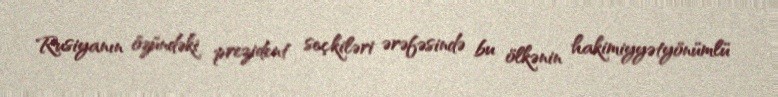
Rusiyanın özündəki prezident seçkiləri ərəfəsində bu ölkənin hakimiyyətyönümlü